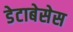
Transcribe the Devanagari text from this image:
डेटाबेसेस